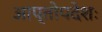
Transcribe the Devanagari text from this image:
आप्तोपदेशः